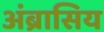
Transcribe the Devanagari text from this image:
अंब्रासिय